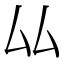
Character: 厸